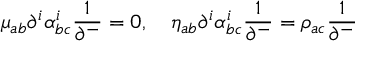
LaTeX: \mu _ { a b } \partial ^ { i } \alpha _ { b c } ^ { i } \frac { 1 } { \partial ^ { - } } = 0 , \quad \eta _ { a b } \partial ^ { i } \alpha _ { b c } ^ { i } \frac { 1 } { \partial ^ { - } } = \rho _ { a c } \frac { 1 } { \partial ^ { - } }